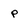
Character: p